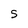
Character: 5